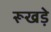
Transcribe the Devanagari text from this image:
रूखड़े